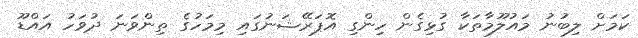
ކަމަށް ލިބުނު މައުލޫމާތަކާ ގުޅިގެން ހިންގި އޮޕަރޭޝަނުގައި މިމަހުގެ ތިންވަނަ ދުވަހު އައްޑޫ